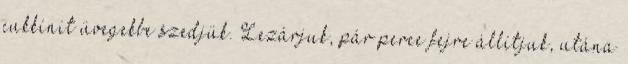
cukkínit üvegekbe szedjük. Lezárjuk, pár perce fejre állítjuk, utána